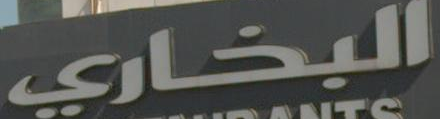
البخاري